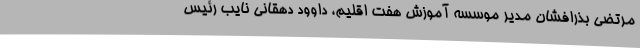
مرتضی بذرافشان مدیر موسسه آموزش هفت اقلیم، داوود دهقانی نایب رئیس